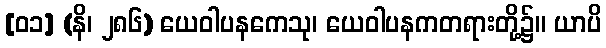
[၀၁] (နိ၊ ၂၈၆) ယေဝါပနကေသု၊ ယေဝါပနကတရားတို့၌။ ယာပိ